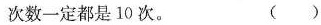
次数一定都是10次。 ()